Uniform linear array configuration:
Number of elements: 16
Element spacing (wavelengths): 0.5
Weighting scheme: blackman
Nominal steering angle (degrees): -30
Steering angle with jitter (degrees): -28.078
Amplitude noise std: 0.05
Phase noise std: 0.05

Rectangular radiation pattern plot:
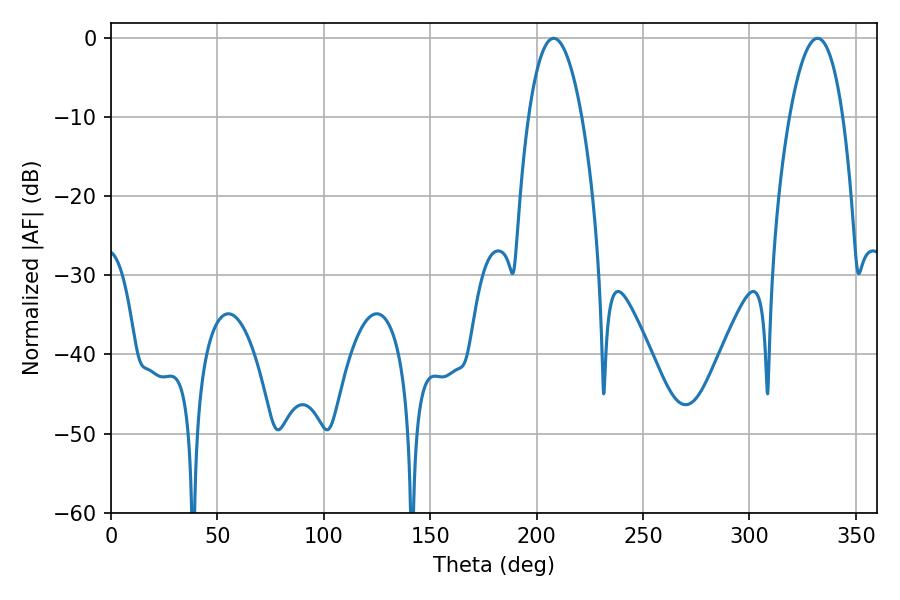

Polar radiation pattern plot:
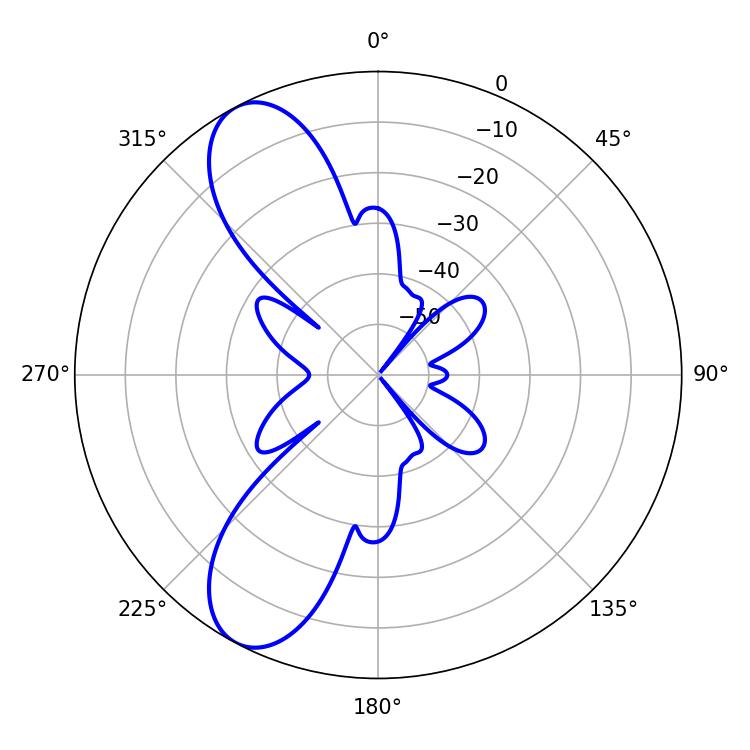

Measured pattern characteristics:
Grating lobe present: FALSE
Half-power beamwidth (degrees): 13.86
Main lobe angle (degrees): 208.08